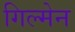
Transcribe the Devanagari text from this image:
गिल्मेन